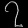
Digit: ၇